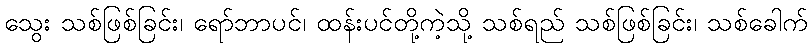
သွေး သစ်ဖြစ်ခြင်း၊ ရော်ဘာပင်၊ ထန်းပင်တို့ကဲ့သို့ သစ်ရည် သစ်ဖြစ်ခြင်း၊ သစ်ခေါက်